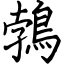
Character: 鵓